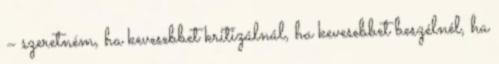
– szeretném, ha kevesebbet kritizálnál, ha kevesebbet beszélnél, ha